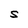
Character: S